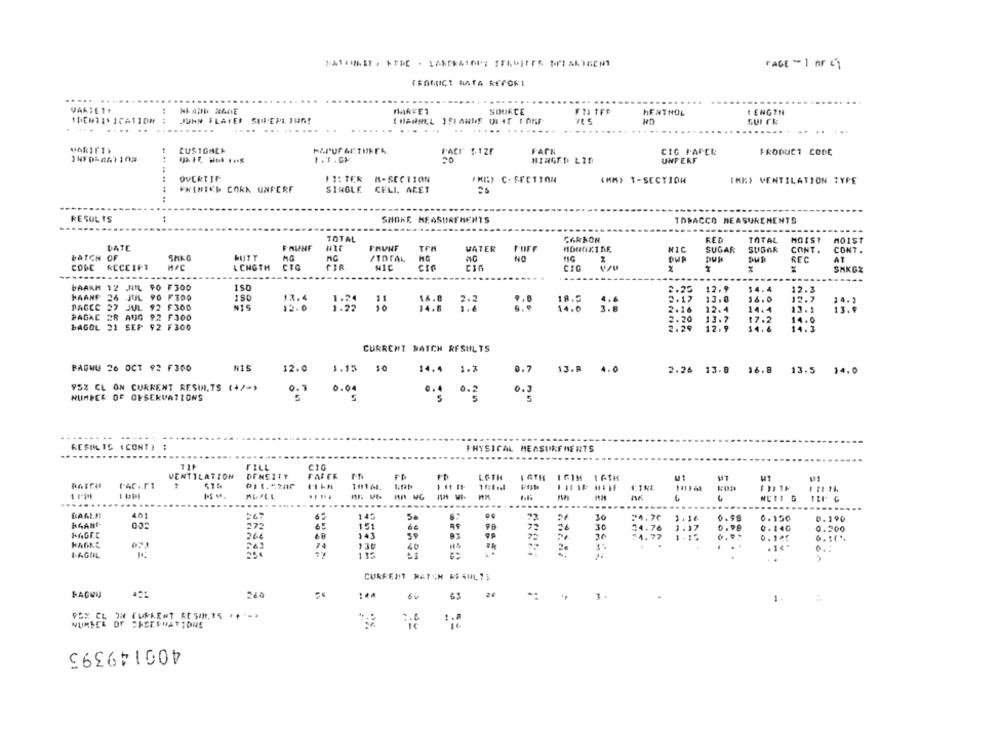
PAGE - 1 nr ci
TRAMICT MATA RECORI
... .....
VAASEIT.
SOURCE
MENTHOL
LENGTH
IDENTIFICATION
4.4
JOHN FLATER SINEPL TUN!
SUITE
....
...
.... ........
....
.. ..
VARIETY
CUSTOMER
FACK
CIG FAPCR
PRODUCT CODE
1.1.CF
HINGED LIS
UNFERF
OVERTIN
II: TER M-SECTION
IKI:) C- SECTION
(MM) 1-SECTION
INKY VENTILATION TYPE
PNIHICE CORK UNPERF
SINGLE CELL. ACET
...... ..
RESULTS
SHOKE MEASUREMENTS
TOBACCO MEASUREMENTS
TOTAL
CARRON
RED
TOTAL
MOIST
MOIST
DATE
FAUNF
WATER
SUGAR
SUGAR
CONT .
CONT .
BATCH OF
SHAO
NIC
KUTT
MG
NO
REC
AT
CODE
ACCCIN?
LCHGTH
NIC
cin
CIC
SHKGX
BAARM 12 JUIL 90 F300
150
2.25
12.9
$4.4
12.3
KAANE 26 JUL 90 F300
150
13.4
2.17
13.0
16.0
12.7
PACCO 27 JUL 92 F300
12. 0
2.16
12.4
14.4
13.1
14.0
PAGAC AR AUG 92 F300
2.20
13.7
17.2
14.0
bAGOL 21 SEP $2 F300
2.29
12.9
14.6
14.3
CURRENT BATCH RESULTS
PAGWU 26 OCT 92 F300
NIS
12.0
1.15
14.4 1.3
0.7 13.8 4.0
2.26 13.8 16.8 13.5 14.0
952 CL ON CURRENT RESULTS (+/->
0.8
0.04
0.3
NUMBER OF OFSERVATIONS
----
RESULTS (CONT) :
PHYSICAL MEASUREMENTS
FILL
CIO
VENTILATION
FAFER
LOTH
I ATH
ut
RATER
TOTAL
6
......
.......
.....
......
......
40
145
Se
10
24.70
6.150
0.190
272
151
6€
30
44.76
1.17
0 . 140
266
143
0.200
47
72
74.77
1 . 12
0. 145
LAGUL
115
...
CURRENT WATCH RESULTE
63 2€
1.
PEX CL 7H CURRENT AL 5/1,15 ***-*
NUMBER OF CHEERWATSONS
400149395